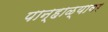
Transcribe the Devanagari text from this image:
पान्हाळ्यावर